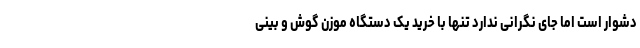
دشوار است اما جای نگرانی ندارد تنها با خرید یک دستگاه موزن گوش و بینی